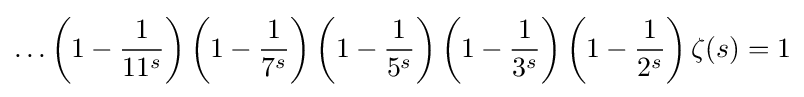
\ldots \left(1-{\frac {1}{11^{s}}}\right)\left(1-{\frac {1}{7^{s}}}\right)\left(1-{\frac {1}{5^{s}}}\right)\left(1-{\frac {1}{3^{s}}}\right)\left(1-{\frac {1}{2^{s}}}\right)\zeta (s)=1